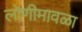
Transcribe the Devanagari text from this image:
लोणीमावळा